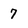
Character: 7